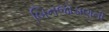
બિનજોડાણની